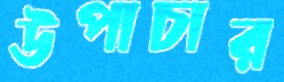
উপাচার